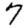
Digit: 7